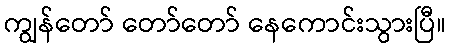
ကျွန်တော် တော်တော် နေကောင်းသွားပြီ။